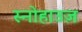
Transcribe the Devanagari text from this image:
स्नोहाउज़